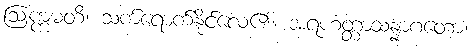
ဩက္ကမတိ၊ သက်ရောက်နိုင်လေ၏။ အရဟတ္တာသန္နာဂတော၊